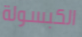
الكبسولة